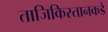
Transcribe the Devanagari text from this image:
ताजिकिस्तानकडे